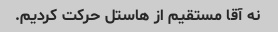
نه آقا مستقیم از هاستل حرکت کردیم.